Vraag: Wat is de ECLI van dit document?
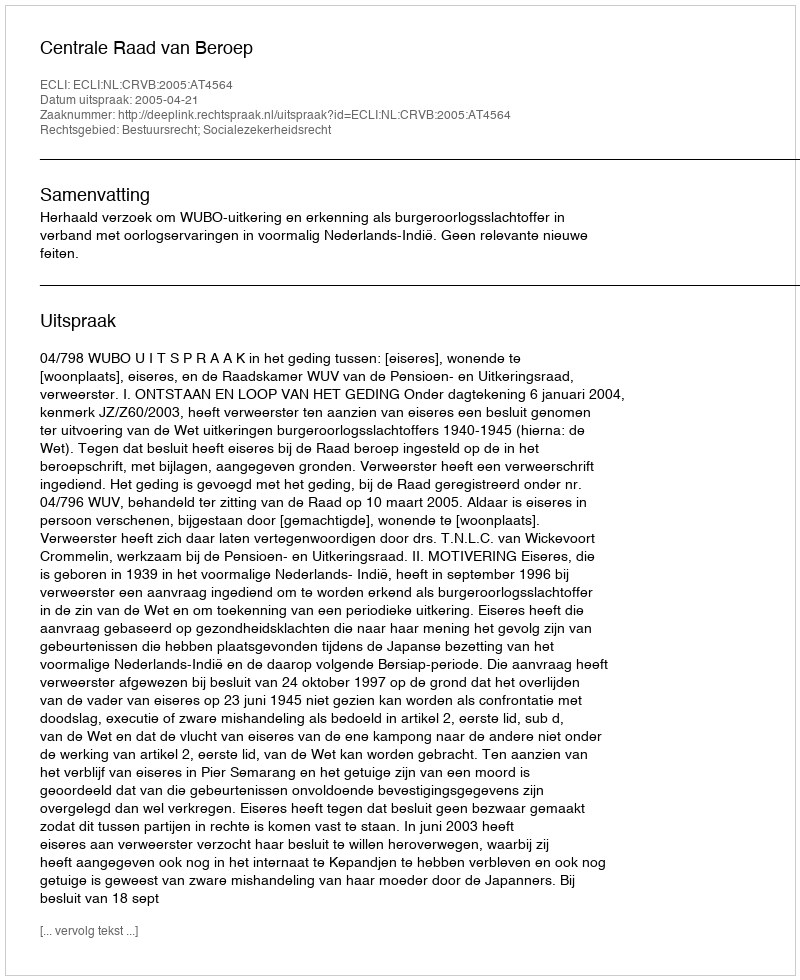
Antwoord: ECLI:NL:CRVB:2005:AT4564